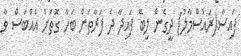
ފައިސާ(ރައުސްމާލު) ދީގެން ލިބޭ ފައިދާ ދެ ފަރާތަށް ބަހާ ގޮތަށް އެއްބަސް ވާ